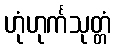
ဟုံဟုင်္ကသုတ္တံ